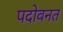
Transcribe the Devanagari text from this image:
पदोवनत